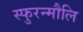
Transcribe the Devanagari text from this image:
स्फुरन्मौलि